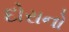
દોરાનો